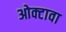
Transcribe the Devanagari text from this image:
ओक्टावा